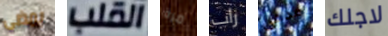
يمضى القلب مرة راب مدعي لاجلك